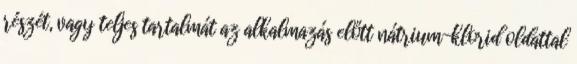
részét, vagy teljes tartalmát az alkalmazás előtt nátrium-klorid oldattal